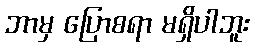
ဘာမှ ပြောစရာ မရှိပါဘူး